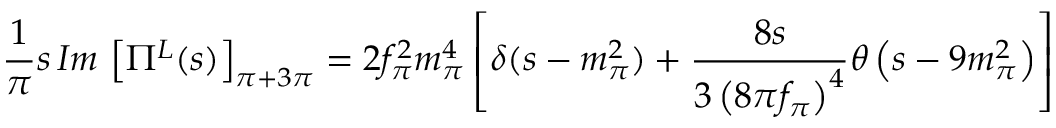
\frac { 1 } { \pi } s \, I m \, \left[ \Pi ^ { L } ( s ) \right] _ { \pi + 3 \pi } = 2 f _ { \pi } ^ { 2 } m _ { \pi } ^ { 4 } \left[ \delta ( s - m _ { \pi } ^ { 2 } ) + \frac { 8 s } { 3 \left( 8 \pi f _ { \pi } \right) ^ { 4 } } \theta \left( s - 9 m _ { \pi } ^ { 2 } \right) \right]